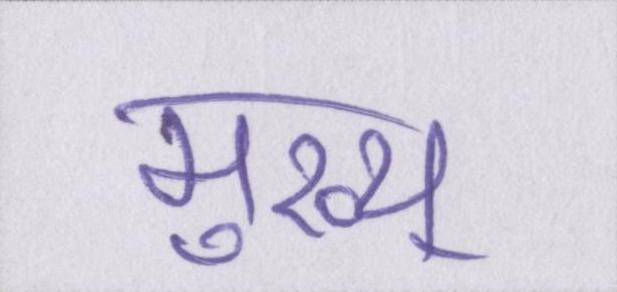
मुख्य्